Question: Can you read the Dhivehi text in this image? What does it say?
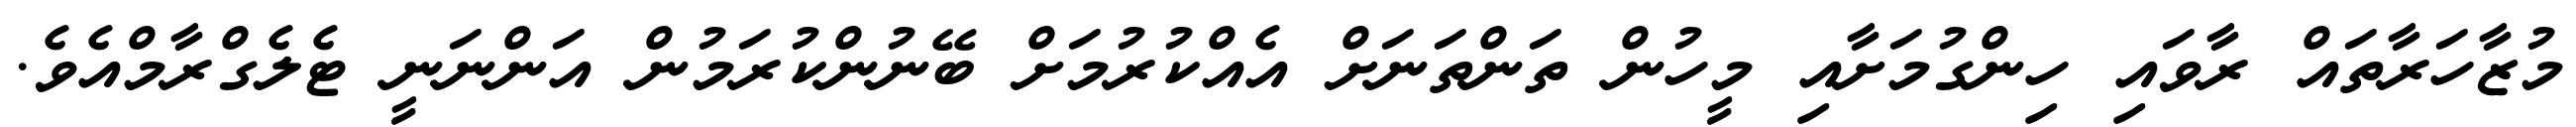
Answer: މުޒާހަރާތައް ރާވައި ހިންގުމަށާއި މީހުން ތަންތަނަށް އެއްކުރުމަށް ބޭނުންކުރަމުން އަންނަނީ ޓެލެގްރާމްއެވެ.